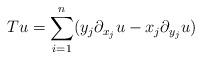
LaTeX: \begin{align*}Tu= \sum_{i=1}^n (y_j \partial_{x_j} u - x_j \partial_{y_j}u )\end{align*}